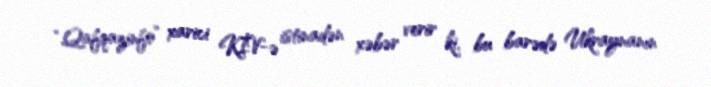
“Qafqazinfo” xarici KİV-ə istinadən xəbər verir ki, bu barədə Ukraynanın